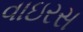
વાઇરસ